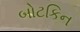
બોટકિન